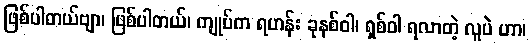
ဖြစ်ပါတယ်ဗျာ၊ ဖြစ်ပါတယ်၊ ကျုပ်က ရဟန်း ခုနစ်ဝါ၊ ရှစ်ဝါ ရလာတဲ့ လူပဲ ဟာ၊